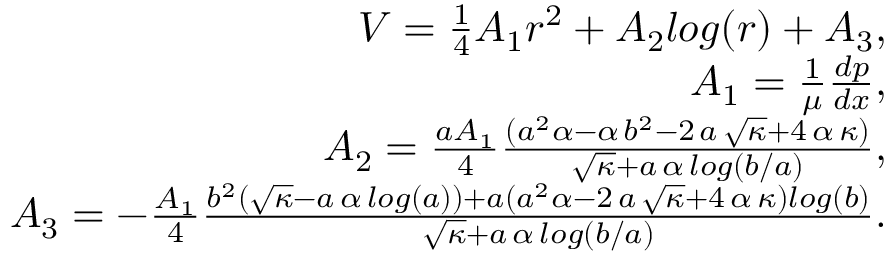
\begin{array} { r } { V = \frac { 1 } { 4 } A _ { 1 } r ^ { 2 } + A _ { 2 } l o g ( r ) + A _ { 3 } , } \\ { A _ { 1 } = \frac { 1 } { \mu } \frac { d p } { d x } , } \\ { A _ { 2 } = \frac { a A _ { 1 } } { 4 } \frac { ( a ^ { 2 } \alpha - \alpha \, b ^ { 2 } - 2 \, a \, \sqrt { \kappa } + 4 \, \alpha \, \kappa ) } { \sqrt { \kappa } + a \, \alpha \, l o g ( b / a ) } , } \\ { A _ { 3 } = - \frac { A _ { 1 } } { 4 } \frac { b ^ { 2 } ( \sqrt { \kappa } - a \, \alpha \, l o g ( a ) ) + a ( a ^ { 2 } \alpha - 2 \, a \, \sqrt { \kappa } + 4 \, \alpha \, \kappa ) l o g ( b ) } { \sqrt { \kappa } + a \, \alpha \, l o g ( b / a ) } . } \end{array}